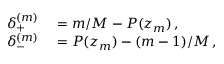
\begin{array} { r l } { \delta _ { + } ^ { ( m ) } } & { { } = m / M - P ( z _ { m } ) \, , } \\ { \delta _ { - } ^ { ( m ) } } & { { } = P ( z _ { m } ) - ( m - 1 ) / M \, , } \end{array}